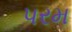
પરમ